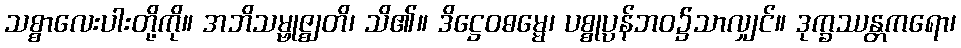
သစ္စာလေးပါးတို့ကို။ အဘိသမ္ဗုဇ္ဈတိ၊ သိ၏။ ဒိဋ္ဌေဝဓမ္မေ၊ ပစ္စုပ္ပန်ဘဝ၌သာလျှင်။ ဒုက္ခဿန္တကရော၊